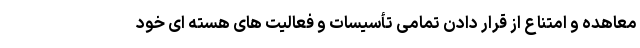
معاهده و امتناع از قرار دادن تمامی تأسیسات و فعالیت های هسته ای خود